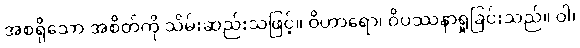
အစရှိသော အစိတ်ကို သိမ်းဆည်းသဖြင့်။ ဝိဟာရော၊ ဝိပဿနာရှုခြင်းသည်။ ဝါ၊